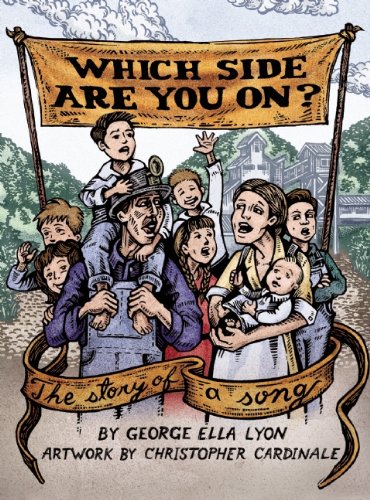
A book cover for Which Side Are You On?; George Ella Lyon; Children's Books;